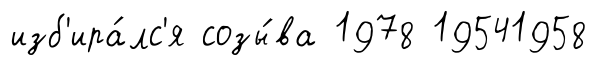
изб'ира́лс'я созы́ва 1978 19541958